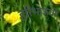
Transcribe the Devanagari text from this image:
हरिभाऊंची